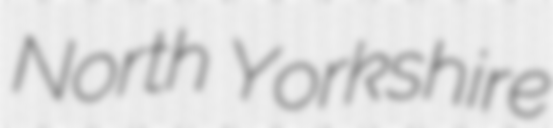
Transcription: North Yorkshire